Lunatic asylums Burma 1922-24 - 1922-1924
Year: 1922
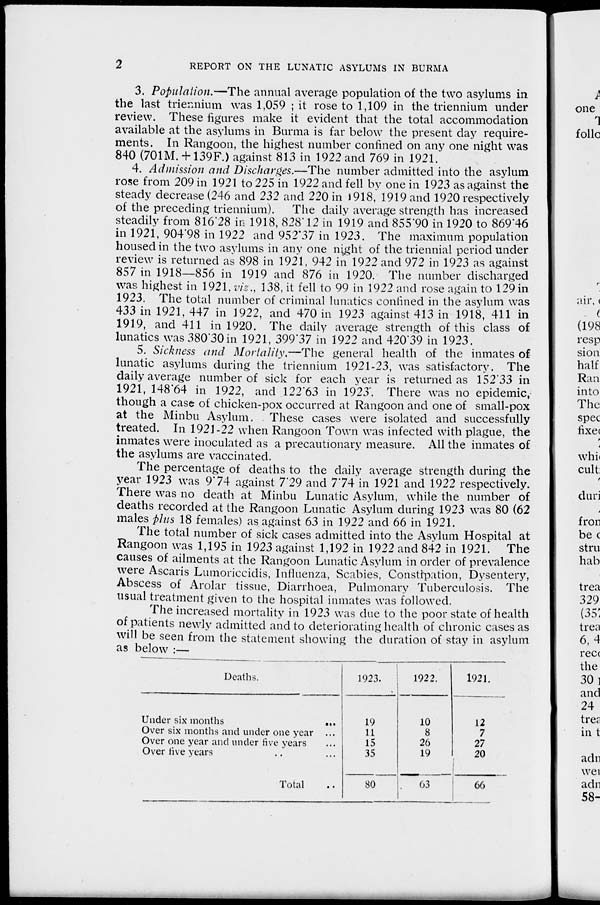
2
REPORT ON THE LUNATIC ASYLUMS IN BURMA
3. Population.—The annual average population of the two asylums in
the last triennium was 1,059 ; it rose to 1,109 in the triennium under
review. These figures make it evident that the total accommodation
available at the asylums in Burma is far below the present day require-
ments. In Rangoon, the highest number confined on any one night was
840 (701M. + 139F.) against 813 in 1922 and 769 in 1921.
4. Admission and Discharges.—The number admitted into the asylum
rose from 209 in 1921 to 225 in 1922 and fell by one in 1923 as against the
steady decrease (246 and 232 and 220 in 1918, 1919 and 1920 respectively
of the preceding triennium). The daily average strength has increased
steadily from 816.28 in 1918, 828.12 in 1919 and 855.90 in 1920 to 869.46
in 1921, 904.98 in 1922 and 952.37 in 1923. The maximum population
housed in the two asylums in any one night of the triennial period under
review is returned as 898 in 1921, 942 in 1922 and 972 in 1923 as against
857 in 1918—856 in 1919 and 876 in 1920. The number discharged
was highest in 1921, viz., 138, it fell to 99 in 1922 and rose again to 129 in
1923. The total number of criminal lunatics confined in the asylum was
433 in 1921, 447 in 1922, and 470 in 1923 against 413 in 1918, 411 in
1919, and 411 in 1920. The daily average strength of this class of
lunatics was 380.30 in 1921, 399.37 in 1922 and 420.39 in 1923.
5. Sickness and Mortality.—The general health of the inmates of
lunatic asylums during the triennium 1921-23, was satisfactory. The
daily average number of sick for each year is returned as 152.33 in
1921, 148.64 in 1922, and 122.63 in 1923. There was no epidemic,
though a case of chicken-pox occurred at Rangoon and one of small-pox
at the Minbu Asylum. These cases were isolated and successfully
treated. In 1921-22 when Rangoon Town was infected with plague, the
inmates were inoculated as a precautionary measure. All the inmates of
the asylums are vaccinated.
The percentage of deaths to the daily average strength during the
year 1923 was 9.74 against 7.29 and 7.74 in 1921 and 1922 respectively.
There was no death at Minbu Lunatic Asylum, while the number of
deaths recorded at the Rangoon Lunatic Asylum during 1923 was 80 (62
males plus 18 females) as against 63 in 1922 and 66 in 1921.
The total number of sick cases admitted into the Asylum Hospital at
Rangoon was 1,195 in 1923 against 1,192 in 1922 and 842 in 1921. The
causes of ailments at the Rangoon Lunatic Asylum in order of prevalence
were Ascaris Lumoriccidis, Influenza, Scabies, Constipation, Dysentery,
Abscess of Arolar tissue, Diarrhoea, Pulmonary Tuberculosis. The
usual treatment given to the hospital inmates was followed.
The increased mortality in 1923 was due to the poor state of health
of patients newly admitted and to deteriorating health of chronic cases as
will be seen from the statement showing the duration of stay in asylum
as below :—
Deaths.
Under six months
...
Over six months and under one year ...
Over one year and under five years ...
Over five years ... ... ...
Total ...
1923.
19
11
15
35
80
1922.
10
8
26
19
63
1921.
12
7
27
20
66